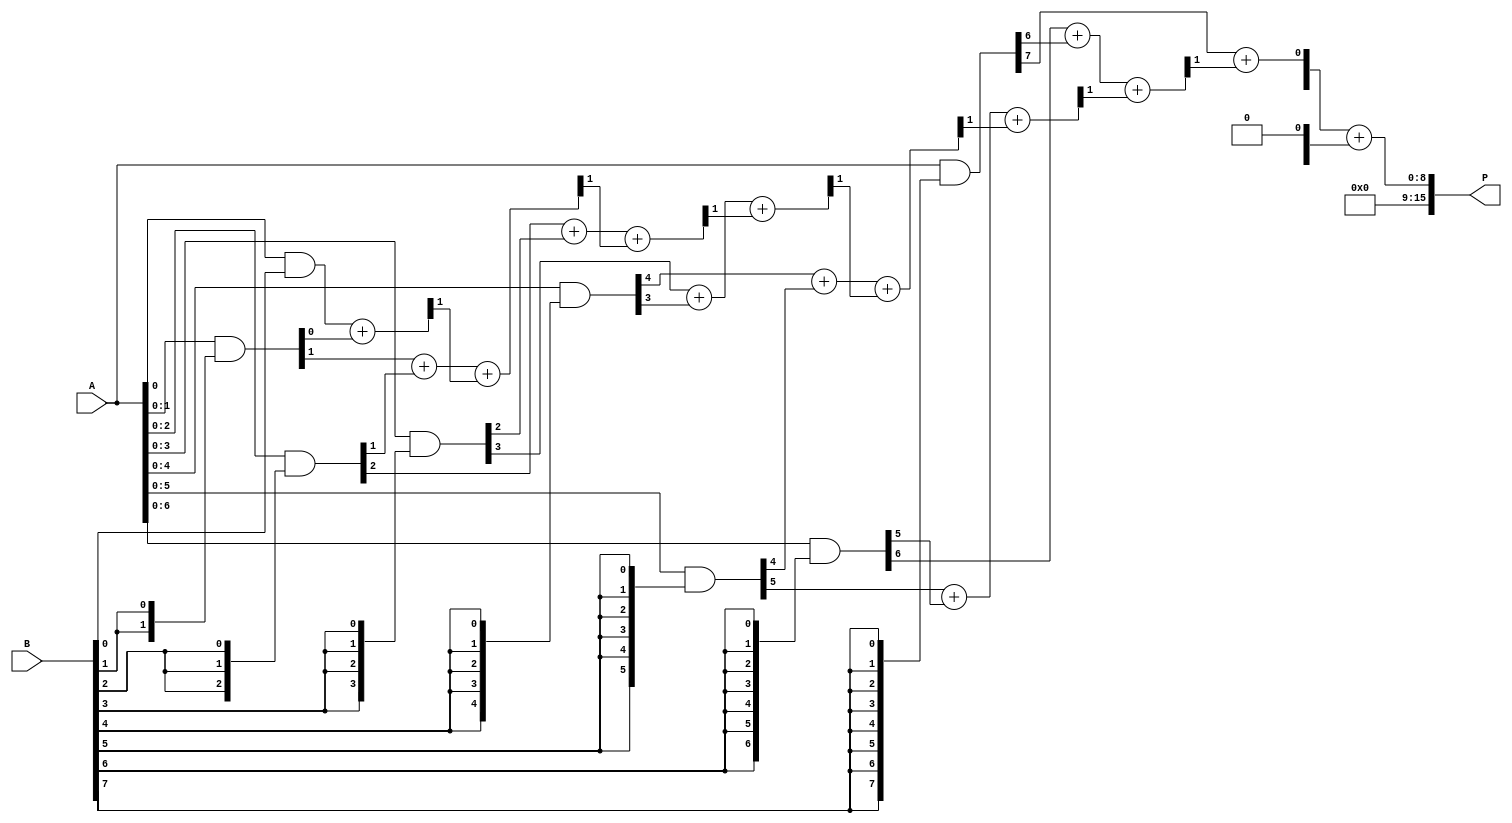
module AdaptiveWallaceTreeMultiplier #(parameter N = 8) (
    input [N-1:0] A, // Multiplicand
    input [N-1:0] B, // Multiplier
    output reg [2*N-1:0] P // Product
);

    // Generate partial products
    wire [N-1:0] pp[N-1:0]; // Partial products
    genvar i;
    generate
        for (i = 0; i < N; i = i + 1) begin: partial_product_gen
            assign pp[i] = A & {N{B[i]}}; // AND each bit of B with A
        end
    endgenerate

    // Wallace tree reduction
    wire [N-1:0] sum [N-1:0];
    wire [N-1:0] carry [N-1:0];
    wire [N-1:0] final_sum;
    wire [N-1:0] final_carry;

    // Initial stage: Half adders and full adders
    generate
        for (i = 0; i < N; i = i + 1) begin: reduction_stage
            if (i == 0) begin
                assign {carry[i][0], sum[i][0]} = pp[0][i] + pp[1][i]; // First two partial products
            end else if (i < N-1) begin
                assign {carry[i][0], sum[i][0]} = pp[i][i] + pp[i+1][i] + carry[i-1][0]; // Full adder
            end else begin
                assign sum[i][0] = pp[i][i] + carry[i-1][0]; // Last stage
                assign carry[i][0] = 0; // No carry out
            end
        end
    endgenerate

    // Final addition of the last two bits
    assign {final_carry, final_sum} = sum[N-1] + carry[N-1];

    // Combine final results to produce the product
    always @(*) begin
        P = {final_carry, final_sum}; // Concatenate carry and sum for final product
    end

endmodule